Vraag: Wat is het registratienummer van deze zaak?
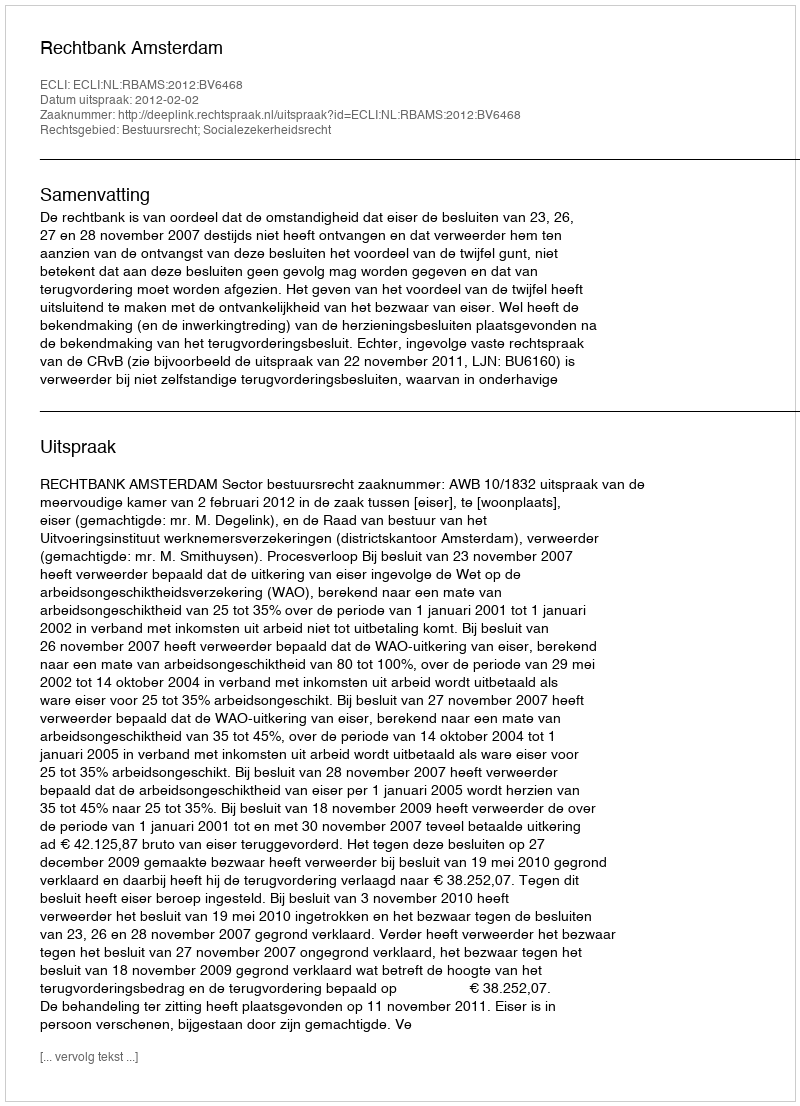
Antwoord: http://deeplink.rechtspraak.nl/uitspraak?id=ECLI:NL:RBAMS:2012:BV6468